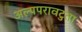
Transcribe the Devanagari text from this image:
अल्पपरावटुता